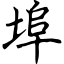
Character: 埠